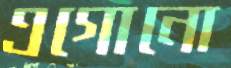
এগোনো